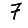
Digit: 7